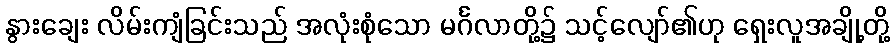
နွားချေး လိမ်းကျံခြင်းသည် အလုံးစုံသော မင်္ဂလာတို့၌ သင့်လျော်၏ဟု ရှေးလူအချို့တို့